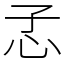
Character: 孞